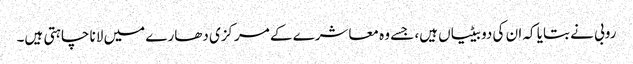
روبی نے بتایا کہ ان کی دو بیٹیاں ہیں، جسے وہ معاشرے کے مرکزی دھارے میں لانا چاہتی ہیں۔